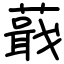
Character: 蕺